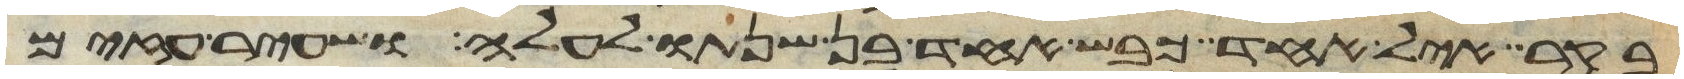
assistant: בקר איל אחד כבש אחד בן שנתו לעלה ושעיר עזים